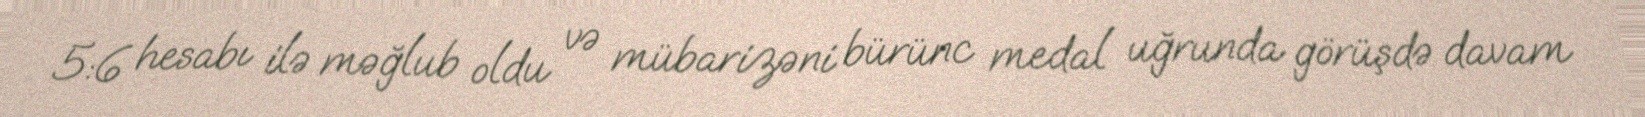
5:6 hesabı ilə məğlub oldu və mübarizəni bürünc medal uğrunda görüşdə davam